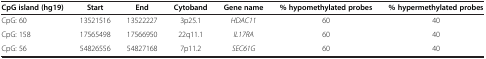
<table><thead><tr><td><b>CpG island (hg19)</b></td><td><b>Start</b></td><td><b>End</b></td><td><b>Cytoband</b></td><td><b>Gene name</b></td><td><b>% hypomethylated probes</b></td><td><b>% hypermethylated probes</b></td></tr></thead><tbody><tr><td>CpG: 60</td><td>13521516</td><td>13522227</td><td>3p25.1</td><td><i>HDAC11</i></td><td>60</td><td>40</td></tr><tr><td>CpG: 158</td><td>17565498</td><td>17566950</td><td>22q11.1</td><td><i>IL17RA</i></td><td>60</td><td>40</td></tr><tr><td>CpG: 56</td><td>54826556</td><td>54827168</td><td>7p11.2</td><td><i>SEC61G</i></td><td>60</td><td>40</td></tr></tbody></table>